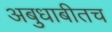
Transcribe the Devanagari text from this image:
अबुधाबीतच